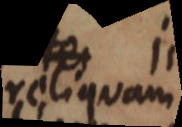
reliquam